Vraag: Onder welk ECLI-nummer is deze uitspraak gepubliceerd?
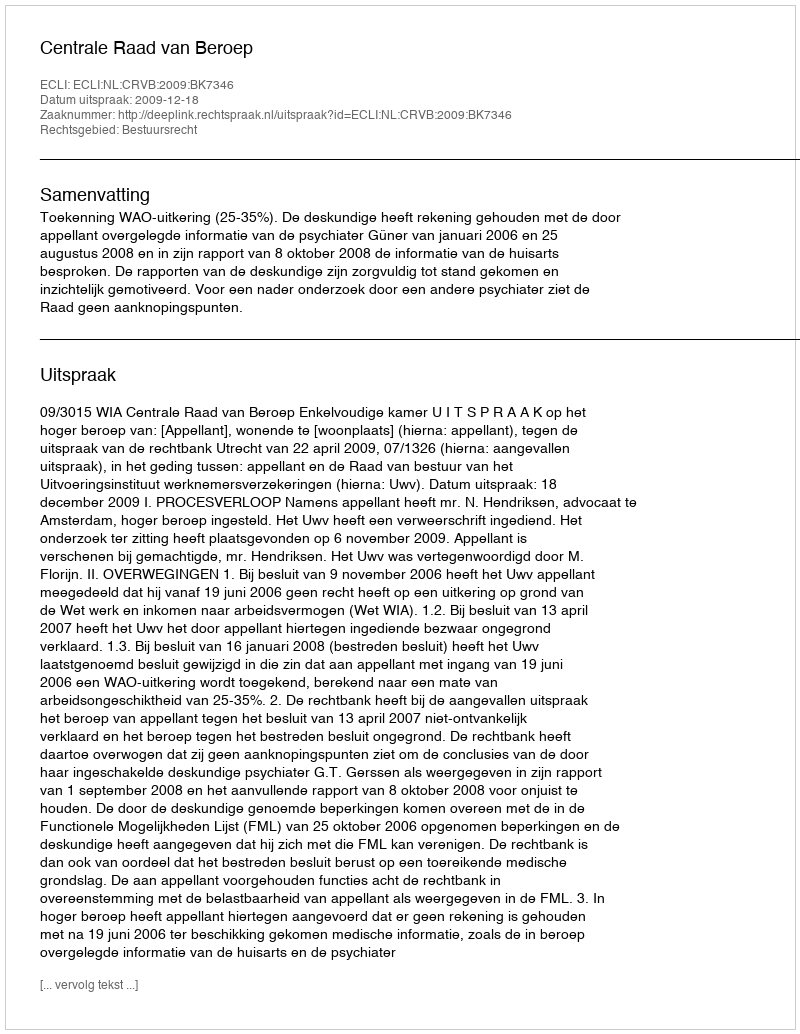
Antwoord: ECLI:NL:CRVB:2009:BK7346